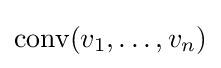
\mathrm {conv} (v_{1},\dots ,v_{n})